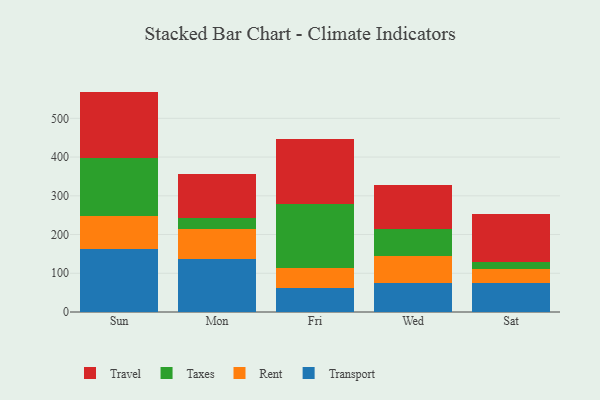
{"axis": {"x": "Day", "y": "Energy Usage (MWh)"}, "legend": ["Rent", "Taxes", "Transport", "Travel"], "data": [{"x": "Sun", "y": 162.9, "type": "Transport"}, {"x": "Sun", "y": 86.0, "type": "Rent"}, {"x": "Sun", "y": 148.6, "type": "Taxes"}, {"x": "Sun", "y": 171.5, "type": "Travel"}, {"x": "Mon", "y": 137.8, "type": "Transport"}, {"x": "Mon", "y": 77.0, "type": "Rent"}, {"x": "Mon", "y": 28.7, "type": "Taxes"}, {"x": "Mon", "y": 113.6, "type": "Travel"}, {"x": "Fri", "y": 62.9, "type": "Transport"}, {"x": "Fri", "y": 51.3, "type": "Rent"}, {"x": "Fri", "y": 164.7, "type": "Taxes"}, {"x": "Fri", "y": 168.6, "type": "Travel"}, {"x": "Wed", "y": 75.0, "type": "Transport"}, {"x": "Wed", "y": 68.3, "type": "Rent"}, {"x": "Wed", "y": 70.8, "type": "Taxes"}, {"x": "Wed", "y": 113.9, "type": "Travel"}, {"x": "Sat", "y": 75.2, "type": "Transport"}, {"x": "Sat", "y": 36.9, "type": "Rent"}, {"x": "Sat", "y": 17.3, "type": "Taxes"}, {"x": "Sat", "y": 122.9, "type": "Travel"}]}